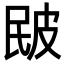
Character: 𤿕